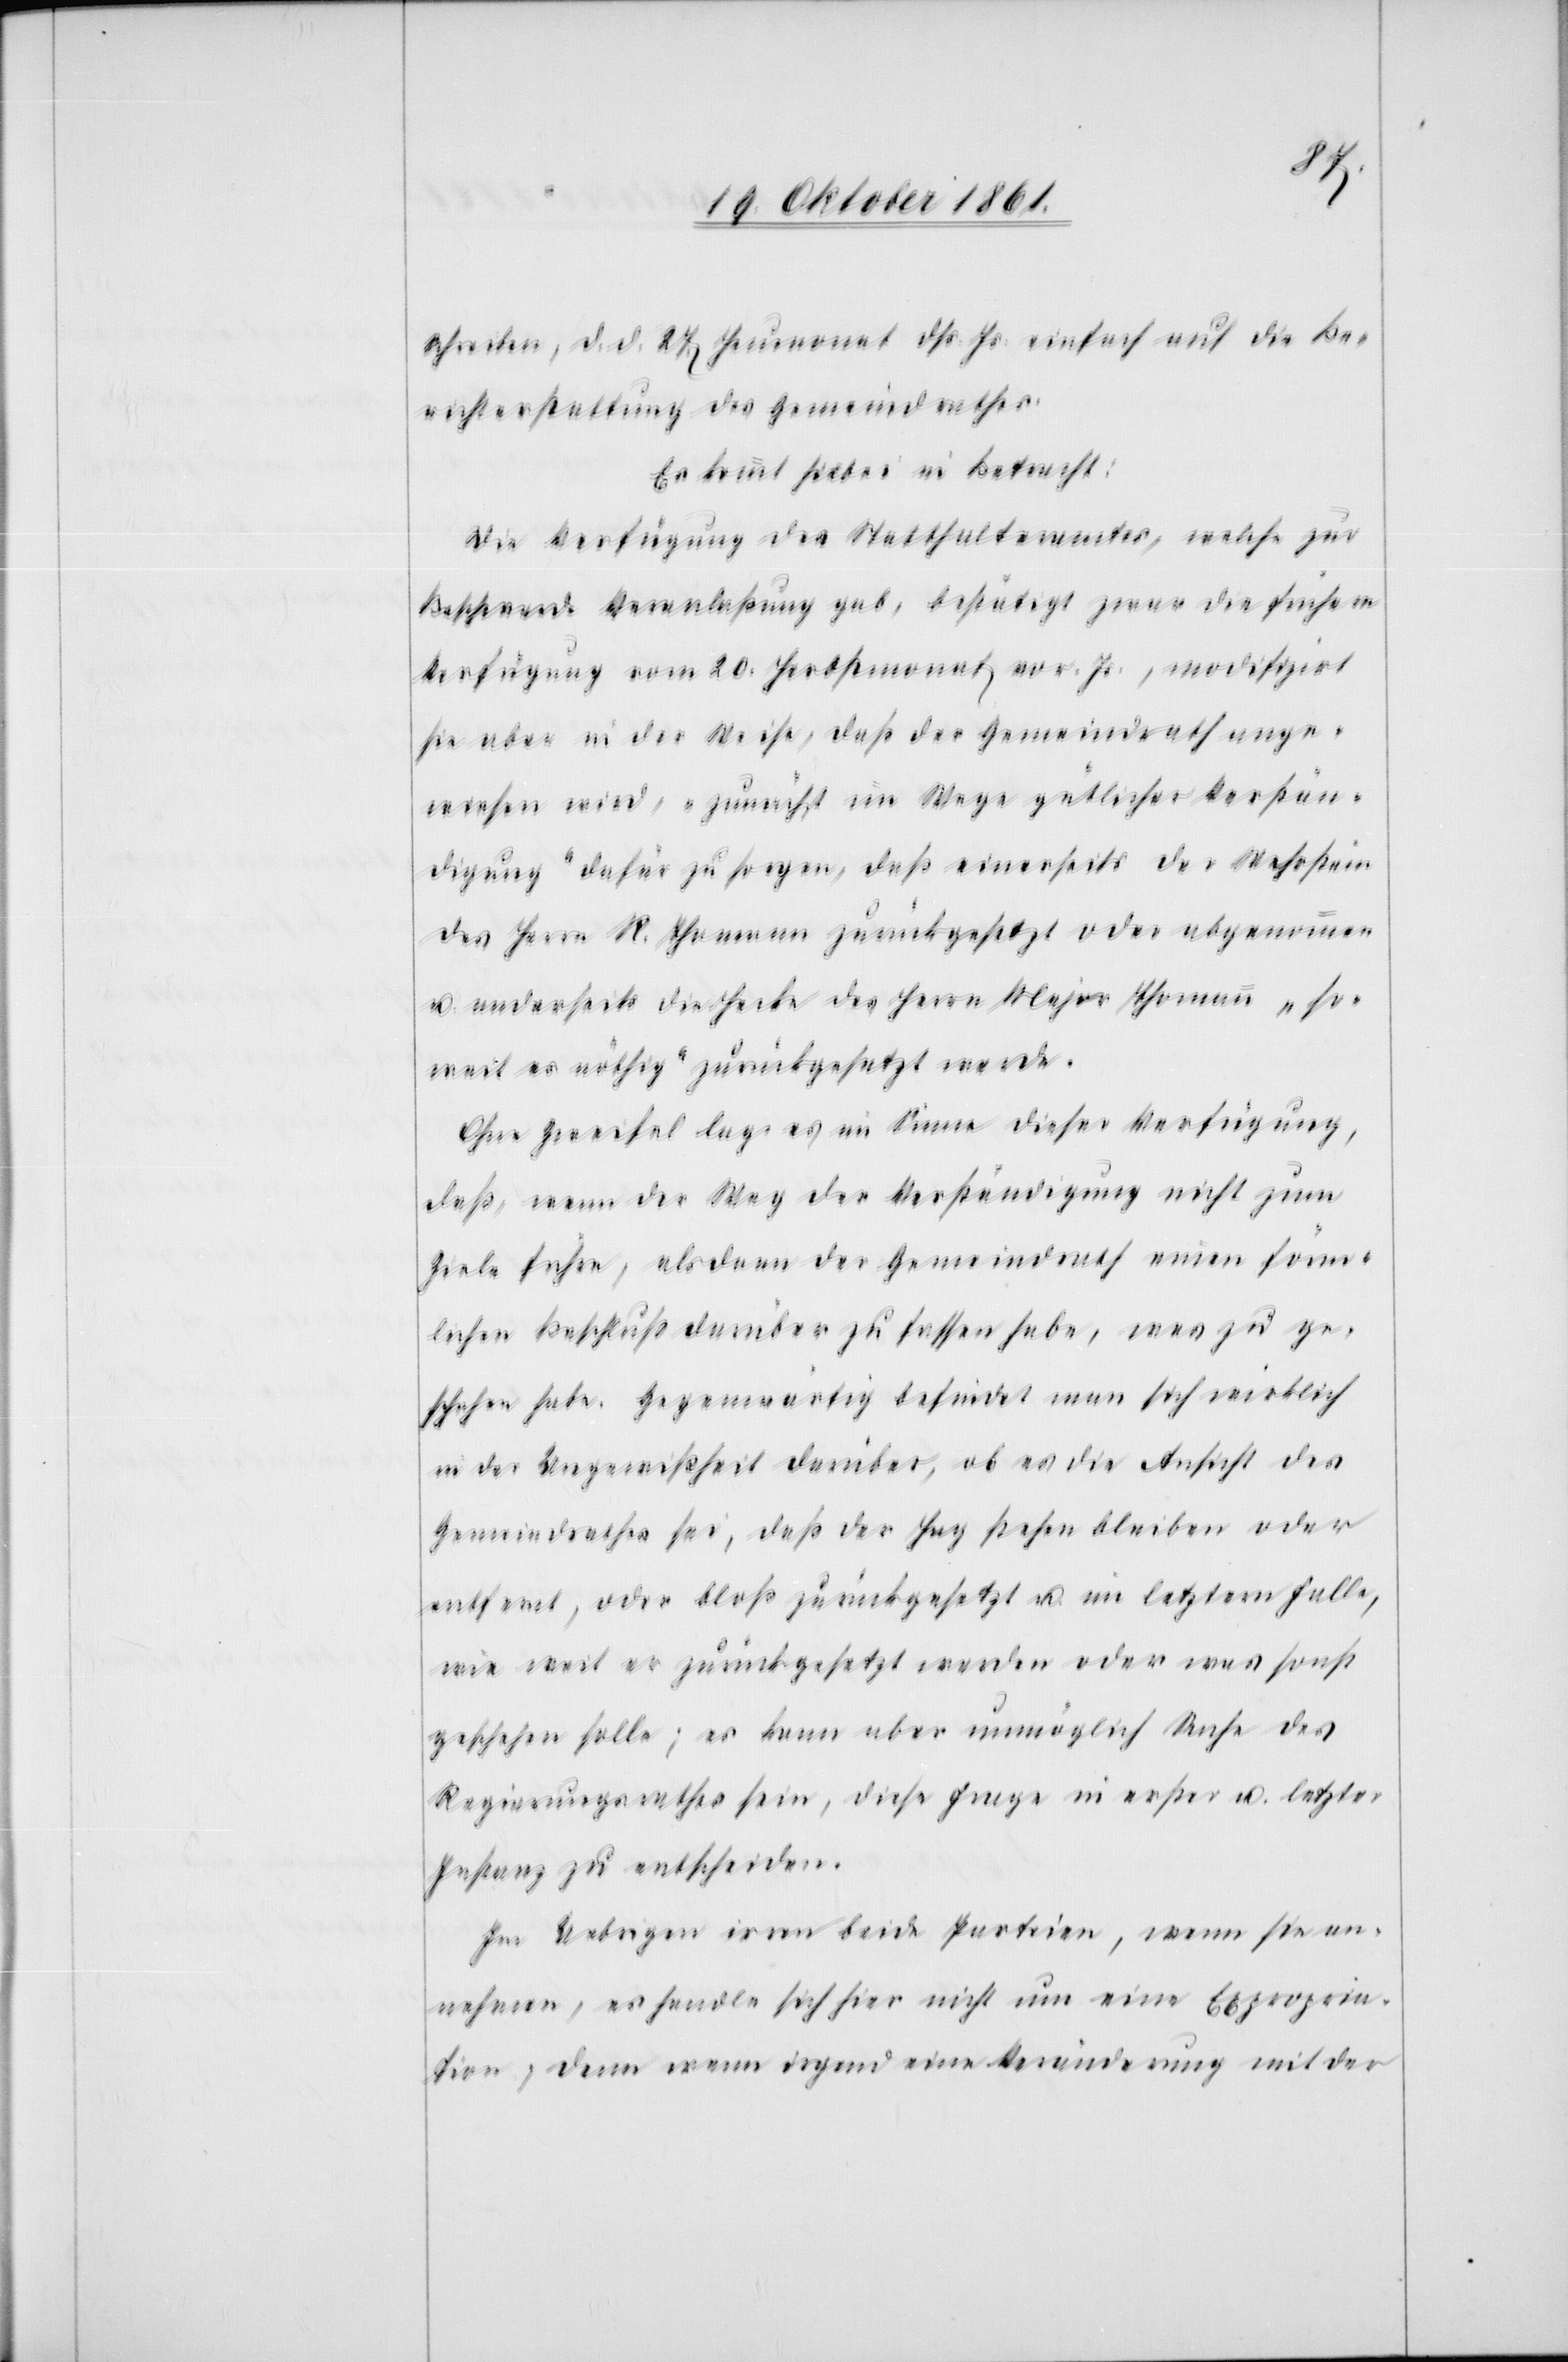
Schreiben, d. d. 27 Heumonat dß Js. einfach auf die Be¬
richterstattung des Gemeindrathes.
Es kömmt hiebei in Betracht:
Die Verfügung des Statthalteramtes, welche zur
Beschwerde Veranlaßung gab, bestätigt zwar die frühere
Verfügung vom 20 Brachmonat vor. Js., modifzirt
sie aber in der Weise, daß der Gemeindrath ange¬
wiesen wird, „zunächst im Wege gütlicher Verstän¬
digung“ dafür zu sorgen, daß einerseits der Wehrstein
des Herrn R. Thomann zurückgesetzt oder abgenommen
u. anderseits die Hecke des Herrn Major Thomann „so¬
weit es nöthig“ zurückgesetzt werde.
Ohne Zweifel lag es im Sinne dieser Verfügung,
daß, wenn der Weg der Verständigung nicht zum
Ziele führe, alsdann der Gemeindrath einen förm¬
lichen Beschluß darüber zu treffen habe, was zu ge¬
schehen habe. Gegenwärtig befindet man sich wirklich
in der Ungewißheit darüber, ob es die Ansicht des
Gemeindrathes sei, daß der Hag stehen bleiben oder
entfernt, oder bloß zurückgesetzt u. im letztern Falle,
wie weit er zurückgesetzt werden oder was sonst
geschehen solle; es kann aber unmöglich Sache des
Regierungsrathes sein, diese Frage in erster u. letzter
Instanz zu entscheiden.
Im Uebrigen irren beide Parteien, wenn sie an¬
nehmen, es handle sich hier nicht um eine Expropria¬
tion, denn wenn irgend eine Veränderung mit der